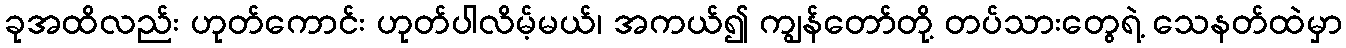
ခုအထိလည်း ဟုတ်ကောင်း ဟုတ်ပါလိမ့်မယ်၊ အကယ်၍ ကျွန်တော်တို့ တပ်သားတွေရဲ့ သေနတ်ထဲမှာ